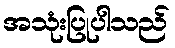
အသုံးပြုပါသည်